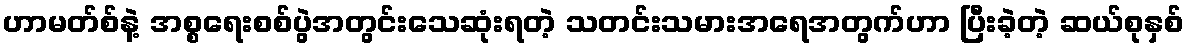
ဟာမတ်စ်နဲ့ အစ္စရေးစစ်ပွဲအတွင်းသေဆုံးရတဲ့ သတင်းသမားအရေအတွက်ဟာ ပြီးခဲ့တဲ့ ဆယ်စုနှစ်